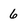
Character: 6